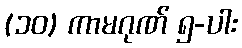
(၁၀) ကာမဂုဏ် ၅-ပါး